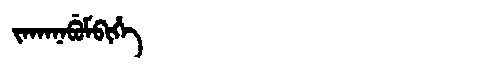
Manchu: ᠵᠠᡴᠠᠨᠠᠪᡠᠮᠪᡳᡥᡝ
Romanization: JAKANABUMBIHE